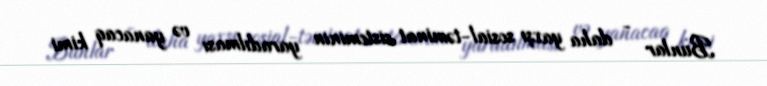
Bunlar - daha yaxşı sosial-təminat sisteminin yaradılması və yanacaq kimi